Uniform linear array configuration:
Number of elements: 32
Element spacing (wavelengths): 1
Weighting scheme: uniform
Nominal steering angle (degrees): -45
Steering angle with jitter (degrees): -43.507
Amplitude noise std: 0.05
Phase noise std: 0.05

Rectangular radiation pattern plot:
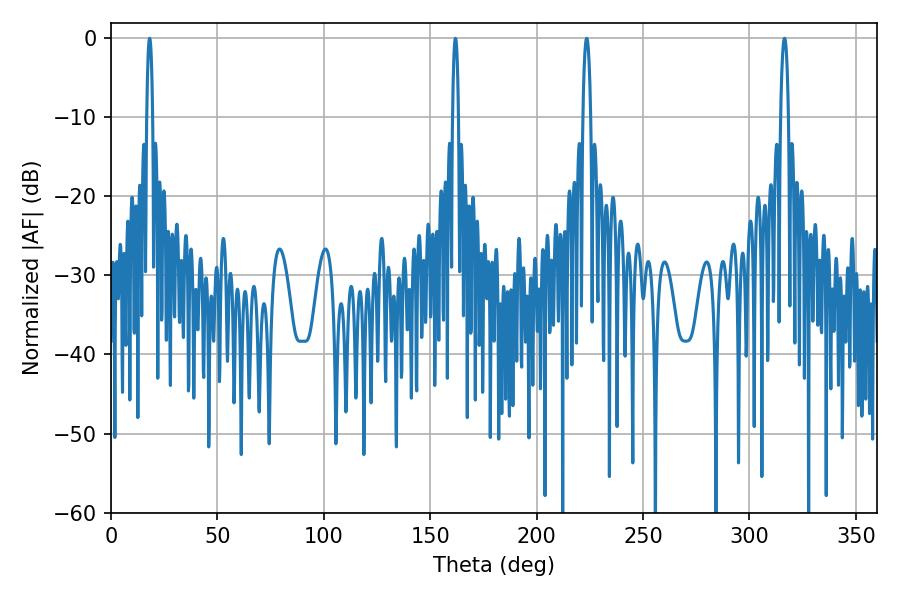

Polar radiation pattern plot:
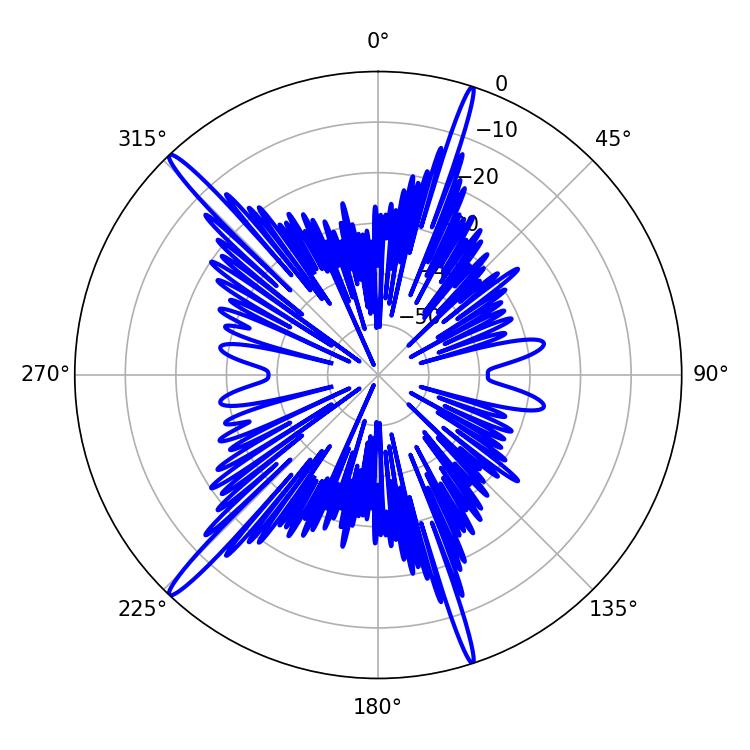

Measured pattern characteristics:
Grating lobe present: TRUE
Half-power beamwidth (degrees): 1.98
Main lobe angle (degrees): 223.56